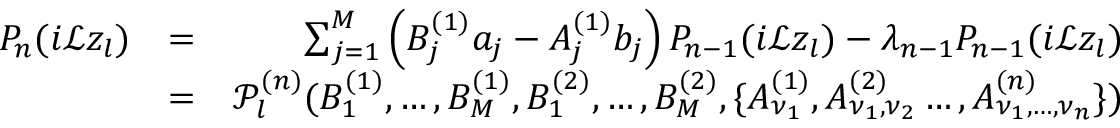
\begin{array} { r l r } { P _ { n } ( i \mathcal { L } z _ { l } ) } & { = } & { \sum _ { j = 1 } ^ { M } \left( B _ { j } ^ { ( 1 ) } a _ { j } - A _ { j } ^ { ( 1 ) } b _ { j } \right) P _ { n - 1 } ( i \mathcal { L } z _ { l } ) - \lambda _ { n - 1 } P _ { n - 1 } ( i \mathcal { L } z _ { l } ) } \\ & { = } & { \mathcal { P } _ { l } ^ { ( n ) } ( B _ { 1 } ^ { ( 1 ) } , \dots , B _ { M } ^ { ( 1 ) } , B _ { 1 } ^ { ( 2 ) } , \dots , B _ { M } ^ { ( 2 ) } , \{ A _ { \nu _ { 1 } } ^ { ( 1 ) } , A _ { \nu _ { 1 } , \nu _ { 2 } } ^ { ( 2 ) } \dots , A _ { \nu _ { 1 } , \dots , \nu _ { n } } ^ { ( n ) } \} ) } \end{array}